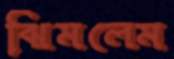
ঝিমলেম